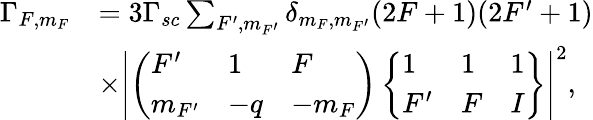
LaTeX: \begin{array}{r}{\begin{array}{rl}{\Gamma_{F,m_{F}}}&{=3\Gamma_{sc}\sum_{F^{\prime},m_{F^{\prime}}}\delta_{m_{F},m_{F^{\prime}}}(2F+1)(2F^{\prime}+1)}\\ &{\times\left|\left(\begin{array}{lll}{F^{\prime}}&{1}&{F}\\ {m_{F^{\prime}}}&{-q}&{-m_{F}}\end{array}\right)\left\{ \begin{array}{lll}{1}&{1}&{1}\\ {F^{\prime}}&{F}&{I}\end{array}\right\} \right|^{2},}\end{array}}\end{array}